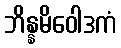
ဘိန္နမိဝေါဒကံ